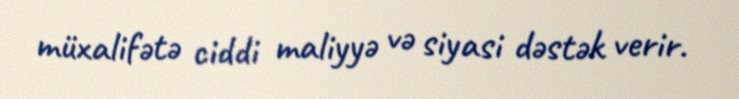
müxalifətə ciddi maliyyə və siyasi dəstək verir.